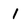
Character: 1